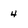
Character: 4